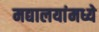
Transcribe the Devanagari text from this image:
मद्यालयांमध्ये